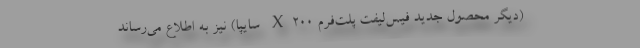
(دیگر محصول جدید فیس‌لیفت پلت‌فرم X200 سایپا) نیز به اطلاع می‌رساند